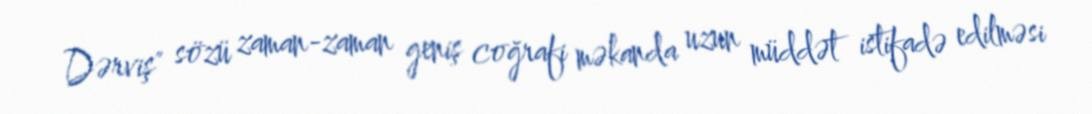
Dərviş" sözü zaman-zaman geniş coğrafi məkanda uzun müddət istifadə edilməsi